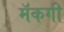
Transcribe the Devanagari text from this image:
मॅकगी